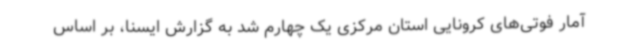
آمار فوتی‌های کرونایی استان مرکزی یک چهارم شد به گزارش ایسنا، بر اساس